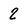
Character: 2